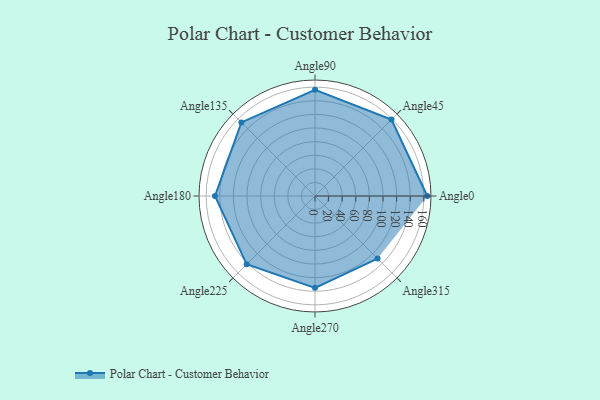
{"axis": {"x": "Angle", "y": "Radius"}, "legend": [""], "data": [{"x": "Angle0", "y": 165.0, "type": ""}, {"x": "Angle45", "y": 159.0, "type": ""}, {"x": "Angle90", "y": 156.0, "type": ""}, {"x": "Angle135", "y": 153.0, "type": ""}, {"x": "Angle180", "y": 147.0, "type": ""}, {"x": "Angle225", "y": 142.0, "type": ""}, {"x": "Angle270", "y": 135.0, "type": ""}, {"x": "Angle315", "y": 130.0, "type": ""}]}